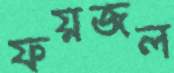
ফয়জল